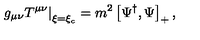
\left. g _ { \mu \nu } T ^ { \mu \nu } \right| _ { \xi = \xi _ { c } } = m ^ { 2 } \left[ \Psi ^ { \dag } , \Psi \right] _ { + } ,